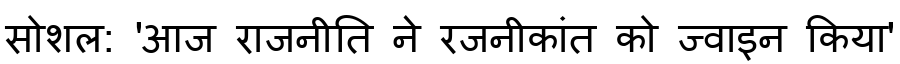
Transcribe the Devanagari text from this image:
सोशल: 'आज राजनीति ने रजनीकांत को ज्वाइन किया'